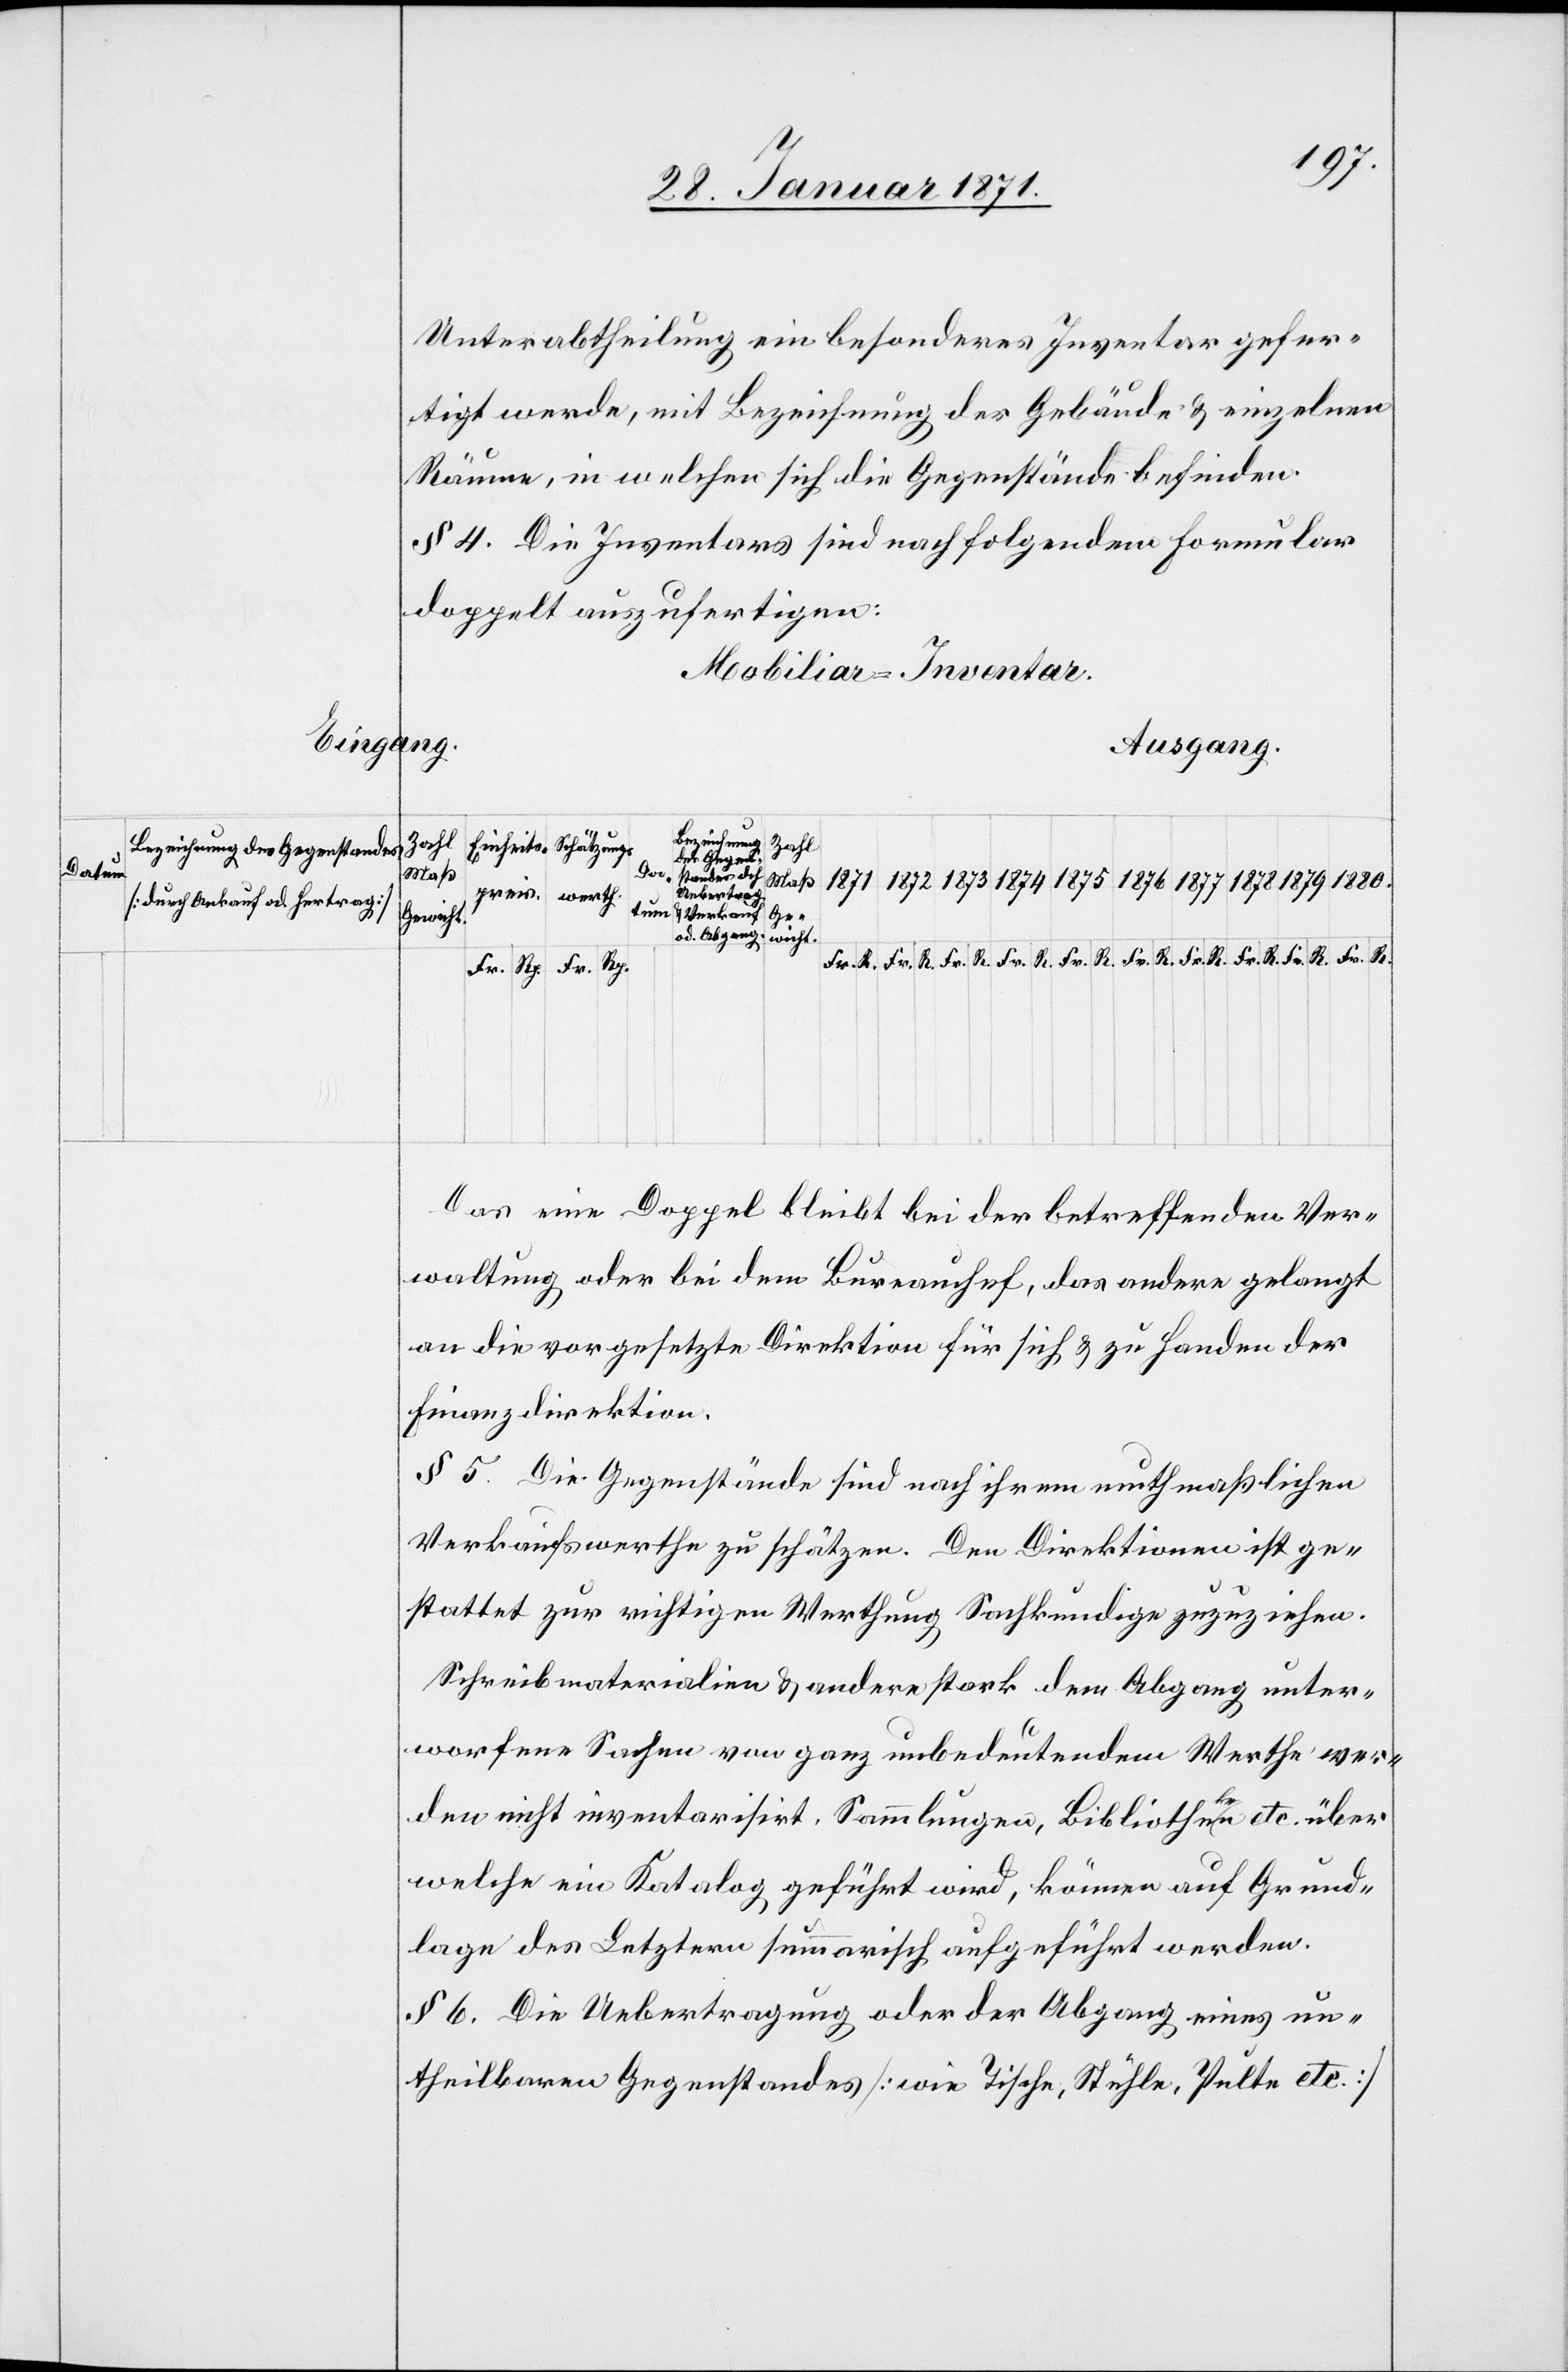
Datum

u.
Unterabtheilung ein besonderes Inventar gefer¬
tigt werde, mit Beziehung der Gebäude u. einzelnen
Räume, in welchen sich die Gegenstände befinden.
§ 4. Die Inventars sind nach folgendem Formular
doppelt auszufertigen:
Mobiliar-Inventar
Abgang
Beziehung
Zahl
des Gegen-
Maß
1879
Uebertrag
[durch Ankauf od. Hertrag]
stan¬
Verkauf
Ge-
Gewich¬
Fr./R.
Fr./R.
Das eine Doppel bleibt bei der betreffenden Ver¬
waltung oder bei dem Burreauchef, das andere gelangt
an die vorgesetzte Direktion für sich u. zu Handen der
Finanzdirektion.
§ 5. Die Gegenstände sind nach ihrem muthmaßlichen
Verkaufswerthe zu schätzen. Den Direktionen ist ge¬
stattet zur richtigen Werthung Sachkundige zuziehen.
Schreibmaterialien u. andere stark dem Abgang unter¬
worfenen Sachen von ganz unbedeutendem Werth wer¬
den nicht inventarisirt. Sammlungen, Bibliotheken etc. über
welche ein Katalog geführt wird, können auf Grund¬
lage des Letztern summarisch aufgeführt werden.
§ 6. Die Uebertragung oder der Abgang eines un¬
theilbaren Gegenstandes [wie Tische, Stühle, Pulte etc.]